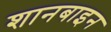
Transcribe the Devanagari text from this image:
शानबाइन